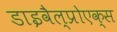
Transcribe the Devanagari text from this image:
डाइवैल्प्रोएक्स